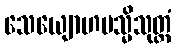
သေယျောဟမသ္မိသုတ္တံ